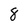
Character: 8